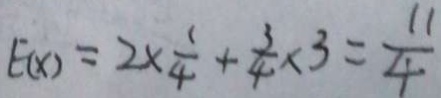
E ( x ) = 2 \times \frac { 1 } { 4 } + \frac { 3 } { 4 } \times 3 = \frac { 1 1 } { 4 }